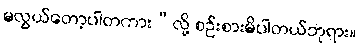
မလွယ်တော့ပါတကား”လို့ စဉ်းစားမိပါတယ်ဘုရား။